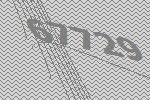
67729